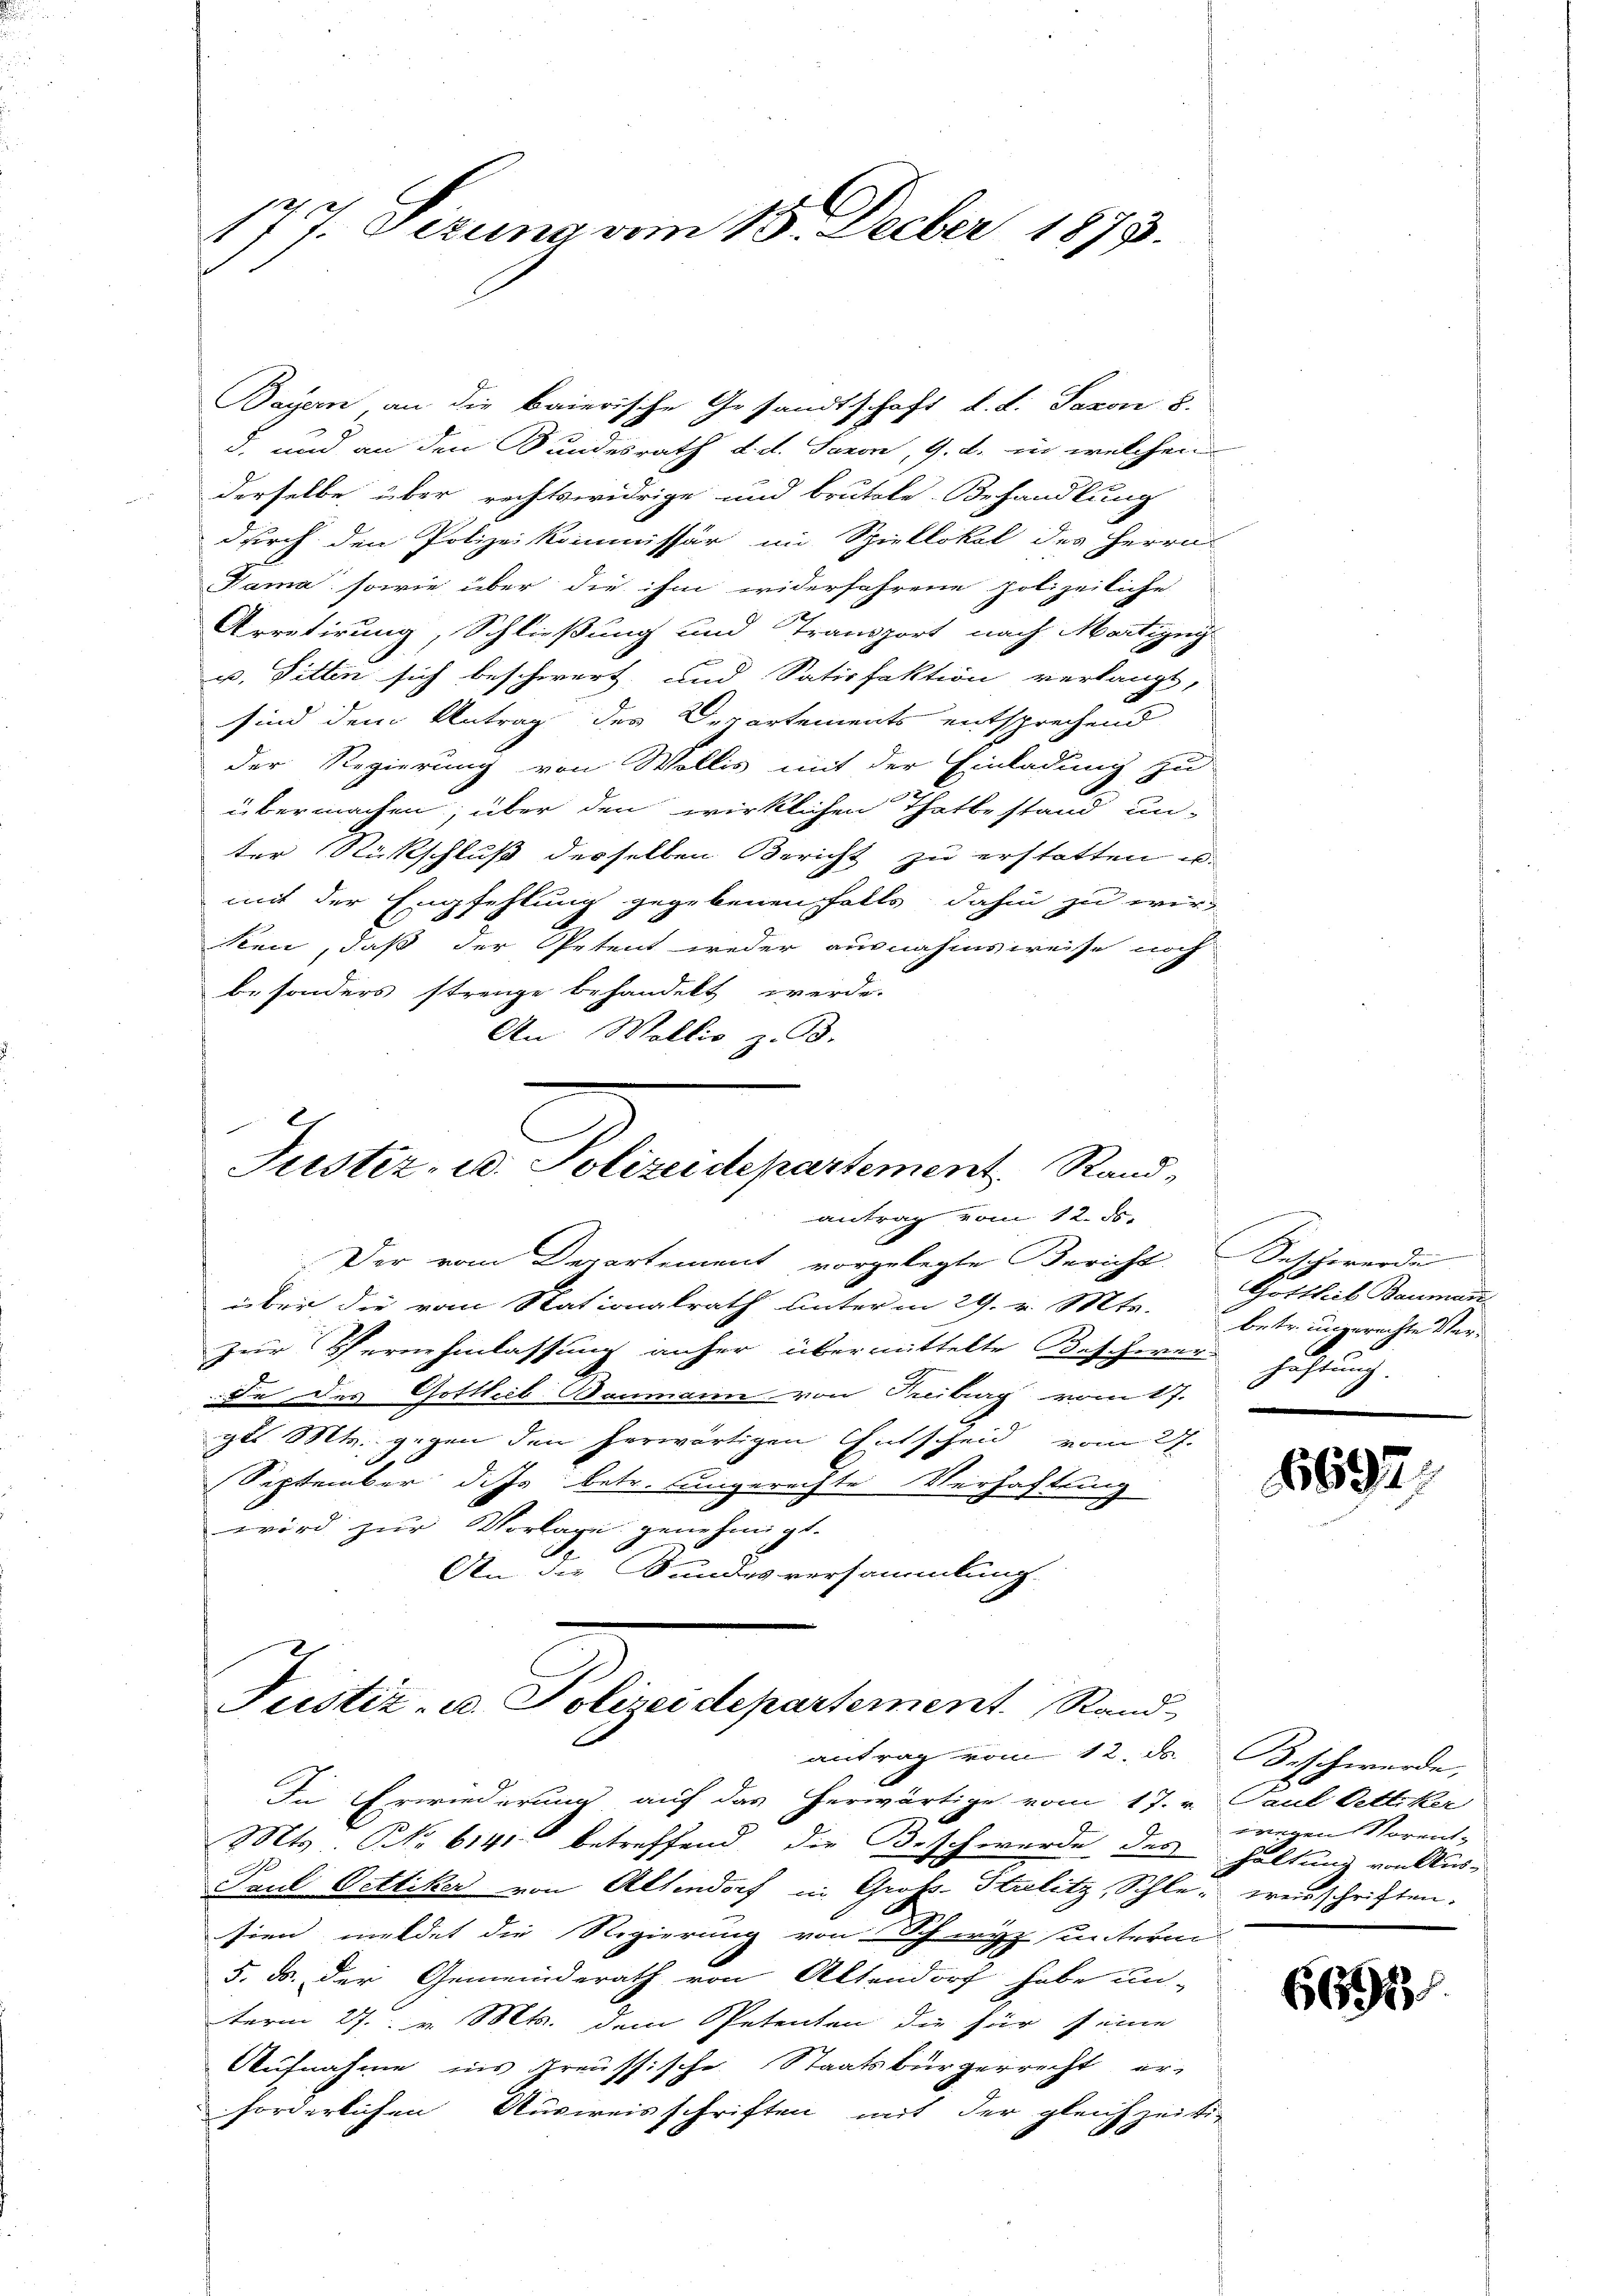
177. Sizung vom 15. Decber 1875.

Bayern an die baierische Gesandtschaft d. d. Saxon 8.
§. und an den Sundesrath d. d. Savon, 9. d. in welchen
derselbe über rechtswidrige und brutale Behandlung
durch den Polizeikommissär im Spiellokal des Herrn
Dama, sowie über die ihm widerfahrene polizeiliche
Arretirung, Schließung und Transport nach Martigny
u. Fittin sich beschwert und Satisfaktion verlangt,
sind dem Antrag des Departements entsprechend
der Regierung von Wollis mit der Einladung zu
übermachen, über den wirklichen Thatbestand un-
ter Rückschluß desselben Bericht zu erstatten u.
mit der Empfehlung gegebenen falls dahin zu wir
en, daß der Petent weder ausnahmsweise noch
besonders strenge behandelt werde.
An Wallis z. B.

antrag vom 12. ds.
Der vom Departement vorgelegte Bericht. Beschwerde
über die vom Stationalrath unterm 29. v. Mts.
zur Vernehmlassung anher übermittelte Bescherer Haftung.
de des Gottlieb Baumann von Treiburg vom 17.
gl. Mts. gegen den herwärtigen Entscheid vom 27.
 x
September dass betr. Lungerechte Verhaftrung
wird zur Vorlage genehmigt.
An die Bundesversammlung.

g
Justiz- u. Polizeidepartement Rand,

Justiz- u. Polizeidepartement. Rand
antrag vom 12. ds.

In Erwiederung auf das herwärtige vom 17. v. Paul Vettiker
Mts No 6141 betreffend die Beschwerde des
Paul Vettiker von Altendorf in Gross-Strelitz, Schle- weisschriften.
sien meldet die Regierung von Schwyz unterm
5. ds. Der Gemeinderath von Altendorf habe un-
term 27. v. Mts. dem Petenten die für seine
Aufnahme ins preussische Staatsbürgerrecht er-
forderlichen Ausweisschriften mit der gleichzeiti-

Gottlieb Bauman
betr. ungerechte Ver¬

697.

Beschwerde,
wegen Vorenthaltung von Aus-

6692